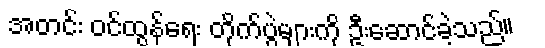
အတင်း ဝင်ထွန်ရေး တိုက်ပွဲများကို ဦးဆောင်ခဲ့သည်။